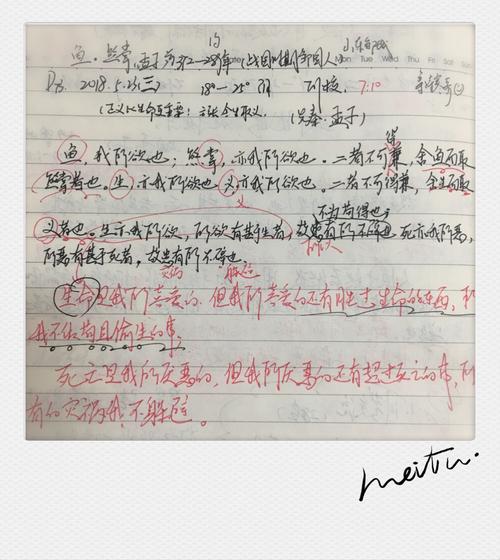
生亦我所欲，所欲有甚于生者，故不为苟得也。